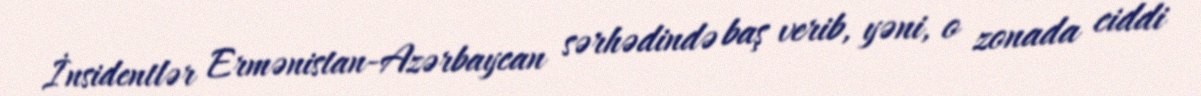
İnsidentlər Ermənistan-Azərbaycan sərhədində baş verib, yəni, o zonada ciddi